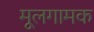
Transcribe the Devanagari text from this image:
मूलगामक